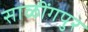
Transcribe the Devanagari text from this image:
साळींगपुर